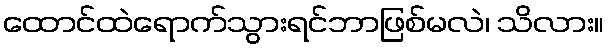
ထောင်ထဲရောက်သွားရင်ဘာဖြစ်မလဲ၊ သိလား။